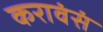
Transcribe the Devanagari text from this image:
करावंसं